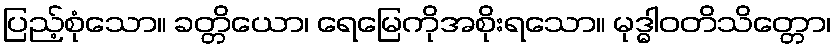
ပြည့်စုံသော။ ခတ္တိယော၊ ရေမြေကိုအစိုးရသော။ မုဒ္ဓါဝတိသိတ္တော၊